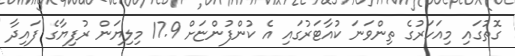
ގޮތުގައި މިއަހަރުގެ ތިންވަނަ ކުއާޓަރުގައި އެ ކުންފުންޏަށް 17.9 މިލިޔަން ރުފިޔާގެ ފައިދާ